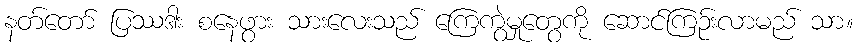
နတ်တော် ပြဿဒါး စနေဖွား သားလေးသည် ကြေကွဲမှုတွေကို ဆောင်ကြဉ်းလာမည် သာ။